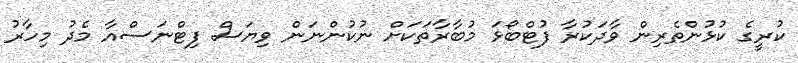
ކުރީގެ ކުޅުންތެރިން ވާދަކުރާ ފުޓްބޯޅަ މުބާރާތަކަށް ނުކުންނަން ވިޔަސް ފިޓްނަސްއާ މެދު މިހާރު